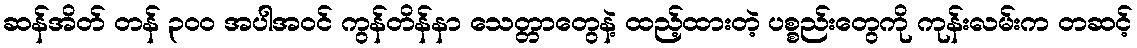
ဆန်အိတ် တန် ၃၀၀ အပါအဝင် ကွန်တိန်နာ သေတ္တာတွေနဲ့ ထည့်ထားတဲ့ ပစ္စည်းတွေကို ကုန်းလမ်းက တဆင့်